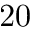
2 0